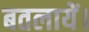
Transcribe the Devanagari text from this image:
बतलायें।